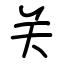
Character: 关